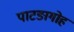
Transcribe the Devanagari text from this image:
पाटङागोह